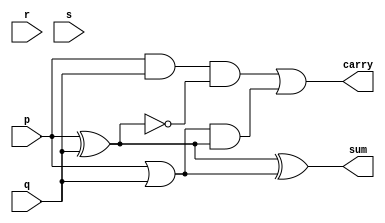
`timescale 1ns / 1ps
//////////////////////////////////////////////////////////////////////////////////
// Company: 
// Engineer: 
// 
// Design Name: 
// Module Name: comp_4
// Project Name: 
// Target Devices: 
// Tool Versions: 
// Description: 
// 
// Dependencies: 
// 
// Revision:
// Revision 0.01 - File Created
// Additional Comments:
// 
//////////////////////////////////////////////////////////////////////////////////


module comp_4(input p,q,r,s,output sum,carry );

wire l,m,n;
assign l=p^q;
assign m=p&q;
assign n=p|q;
//assign sum=((p|r)&(~(q^s)))|(r&p);
//assign carry=q|s;
//assign sum=((p^q)^(r^s))|(p&q);
//assign carry =(((p^q)&(r|s))|(p&q));
assign sum=l^n;
assign carry=((m&(~l))|(n&l));
endmodule